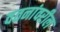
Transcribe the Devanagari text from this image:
वतनांवरील